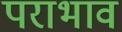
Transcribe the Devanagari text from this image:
पराभाव